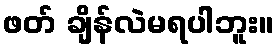
ဖတ် ချိန်လဲမရပါဘူး။